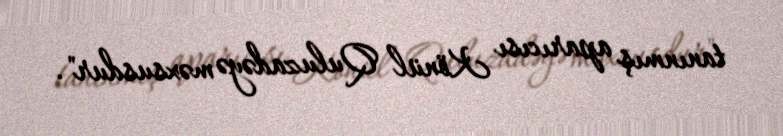
tanınmış aparıcısı Könül Quluzadəyə məxsusdur".